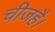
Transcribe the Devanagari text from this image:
चीजहै।